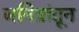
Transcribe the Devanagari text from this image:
जनित्रांतून